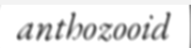
anthozooid